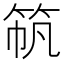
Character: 𫁼